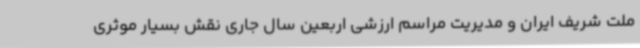
ملت شریف ایران و مدیریت مراسم ارزشی اربعین سال جاری نقش بسیار موثری